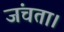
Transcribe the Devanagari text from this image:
जंचता।